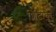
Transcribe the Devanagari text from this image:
शिटाके